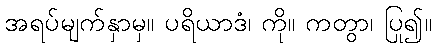
အရပ်မျက်နှာမှ။ ပရိယာဒံ၊ ကို။ ကတွာ၊ ပြု၍။